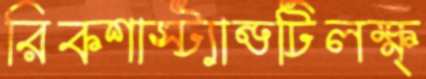
রিকশাস্ট্যান্ডটিলক্ষ্